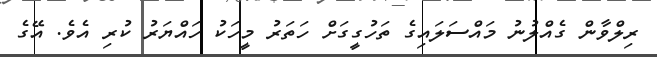
ރިލްވާން ގެއްލުނު މައްސަލައިގެ ތަހުގީގަށް ހަތަރު މީހަކު ހައްޔަރު ކުރި އެވެ. އޭގެ